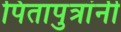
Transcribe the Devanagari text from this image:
पितापुत्रांनी